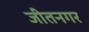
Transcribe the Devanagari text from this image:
जीतनगर